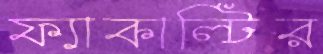
ফ্যাকাল্টির